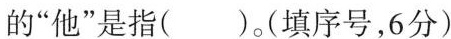
的“他”是指( )。(填序号，6分)